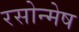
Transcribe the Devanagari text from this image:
रसोन्मेष